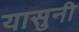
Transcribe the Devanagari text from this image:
यासुनी